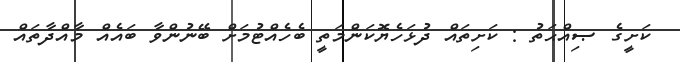
ކަށީގެ ޞިއްޙަތު : ކަށިތައް ދުޅަހެޔޮކަންމަތީ ބެހެއްޓުމަށް ބޭނުންވާ ބައެއް މާއްދާތައް